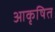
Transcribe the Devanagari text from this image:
आकृषित